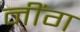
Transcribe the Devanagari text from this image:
नींग